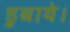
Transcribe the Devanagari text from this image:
डुबाये।